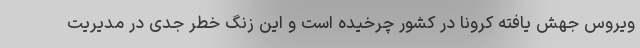
ویروس جهش یافته کرونا در کشور چرخیده است و این زنگ‌ خطر جدی در مدیریت